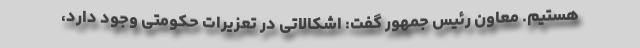
هستیم. معاون رئیس جمهور گفت: اشکالاتی در تعزیرات حکومتی وجود دارد،